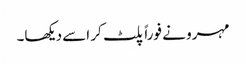
مہرو نے فوراً پلٹ کر اسے دیکھا۔